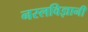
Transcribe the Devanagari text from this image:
नस्लविज्ञानी